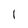
Character: l